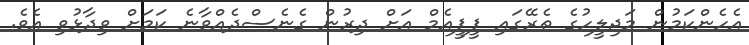
އެހެންކަމުން މަޖިލީހުގެ ތެރޭގައި ޕީޕީއެމް އަށް ދިރުން ގެނެސްދެއްވާނެ ކަމަށް ވިދާޅުވި އެވެ.